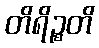
တိရိဉ္စတိ